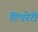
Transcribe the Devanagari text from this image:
टिपरेरी